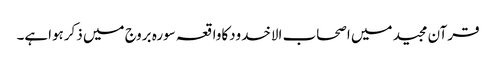
قرآن مجید میں اصحاب الاخدودکاواقعہ سورہ بروج میں ذکرہواہے۔